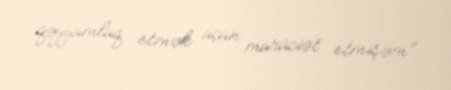
qəyyumluq etmək üçün müraciət etmişəm".